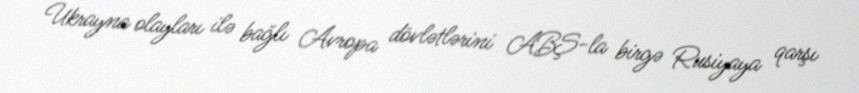
Ukrayna olayları ilə bağlı Avropa dövlətlərini ABŞ-la birgə Rusiyaya qarşı